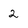
Character: 2